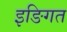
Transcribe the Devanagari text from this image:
इङिगत